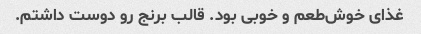
غذای خوش‌طعم و خوبی بود. قالب برنج رو دوست داشتم.